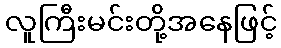
လူကြီးမင်းတို့အနေဖြင့်